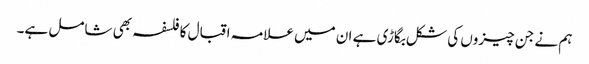
ہم نے جن چیزوں کی شکل بگاڑی ہے ان میں علامہ اقبال کا فلسفہ بھی شامل ہے۔